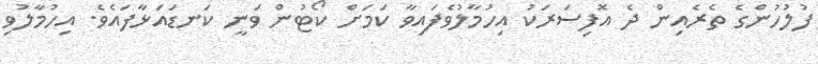
ފުލުހުންގެ ތެރެއިން ދެ އޮފިސަރަކު އިހުމާލުވެފައިވާ ކަމަށް ކޯޓުން ވަނީ ކަނޑައަޅާފައެވެ. އިހުމާލުވި